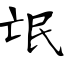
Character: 氓